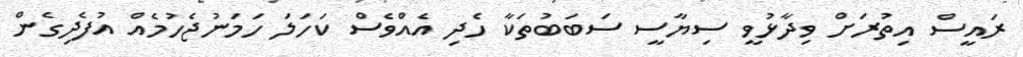
ރައީސް އިތުރަށް ވިދާޅުވީ ސިޔާސީ ސަބަބުތަކާ ހެދި އެއްވެސް ކަހަލަ ހަމަނުޖެހުމެއް އުފެދިގެން